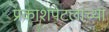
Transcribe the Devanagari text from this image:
प्रकाशपटलाच्या